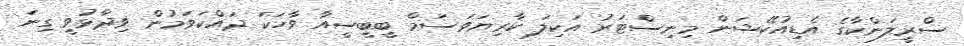
ސްރީލަންކާގެ އެޑިއުކޭޝަން މިނިސްޓަރު އަކިލަ ކާރިޔަވަސަމް ބީބީސީއާ ވާހަކަ ދައްކަވަމުން ވިދާޅުވީ ގިނަ